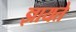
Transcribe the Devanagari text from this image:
ज्ञायते